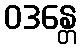
ဝဒန္တေ